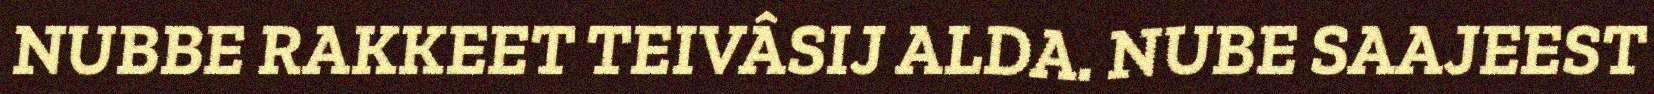
NUBBE RAKKEET TEIVÂSIJ ALDA. NUBE SAAJEEST